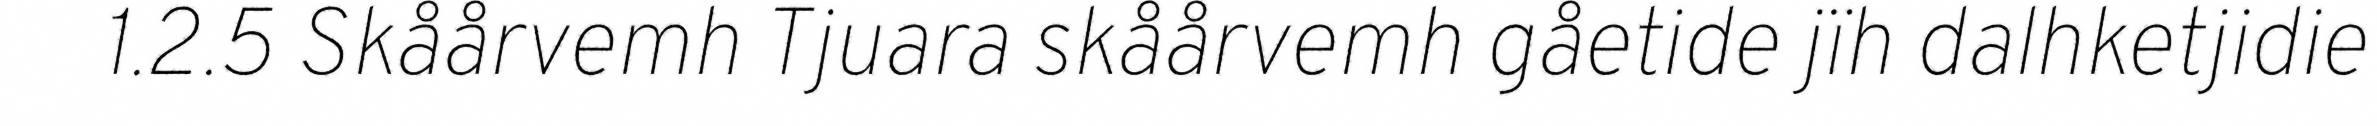
1.2.5 Skåårvemh Tjuara skåårvemh gåetide jïh dalhketjidie